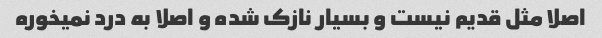
اصلا مثل قدیم نیست و بسیار نازک شده و اصلا به درد نمیخوره